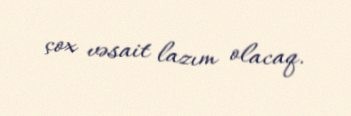
çox vəsait lazım olacaq.